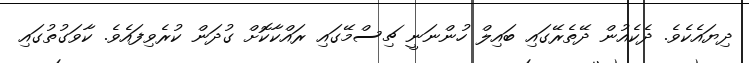
ދިޔައެކެވެ. ދެކެއުން ދޭތެރޭގައި ބައިލް ހުންނަނީ ޗިސްމޭގައި ރައްކާކޮށް ގުދަން ކުރެވިފައެވެ. ކާވަގުތުގައި